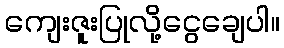
ကျေးဇူးပြုလို့ငွေချေပါ။